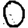
Digit: 0